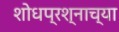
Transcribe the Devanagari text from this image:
शोधप्रश्नाच्या